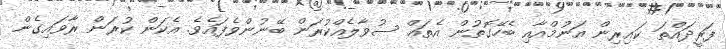
ފަރީދައްތަ ކައިރިން އަނުމްއާއި ބެހޭގޮތުން އެތައް ސުވާލެއްކުރަން ބޭނުންވެފައެވެ. އެކަން ކުރަން ރާވައިގެން